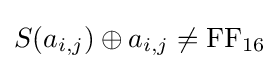
S(a_{i,j})\oplus a_{i,j}\neq {\text{FF}}_{16}